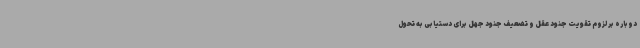
دوباره بر لزوم تقویت جنود عقل و تضعیف جنود جهل برای دستیابی به تحول